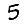
Digit: 5